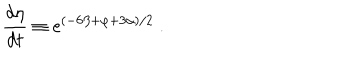
LaTeX: \frac { d \eta } { d t } \equiv \mathrm { e } ^ { ( - 6 \beta + \varphi + 3 \alpha ) / 2 } \ .